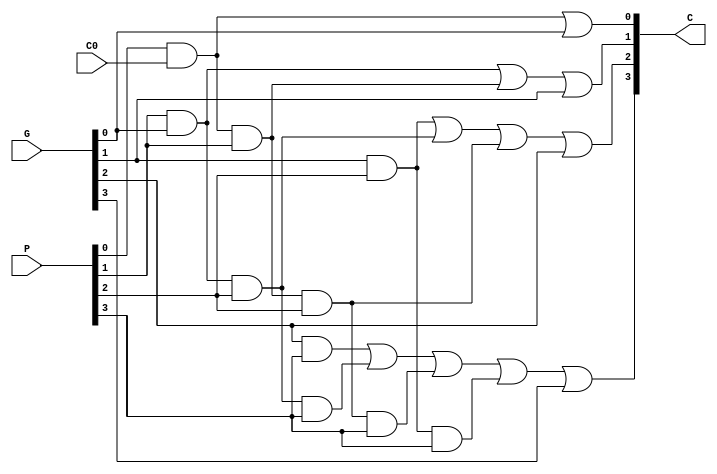
module Lab2_CLG_gate(C, P, G, C0);
	
	output [4:1] C;
	input  [3:0] P, G;
	input  C0;
 
	wire and1, and2, and3, and4, and5;
	wire and6, and7, and8, and9, and0;

	// C1
	and g1(and1, P[0], C0);
	or o1(C[1], and1, G[0]);

	// C2
	and g2(and2, P[1], G[0]);
	and g3(and3, C0, P[0], P[1]);
	or o2(C[2], and2, and3, G[1]);

	// C3
	and g4(and4, G[1], P[2]);
	and g5(and5, G[0], P[1], P[2]);
	and g6(and6, C0, P[0], P[1], P[2]);
	or o3(C[3], and4, and5, and6, G[2]);

	// C4
	and g7(and7, G[2], P[3]);
	and g0(and0, G[1], P[2], P[3]);
	and g8(and8, G[0], P[1], P[2], P[3]);
	and g9(and9, C0, P[0], P[1], P[2], P[3]);
	or o3(C[4], and7, and8, and9, and0, G[3]);

endmodule